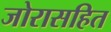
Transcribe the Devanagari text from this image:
जोरासहित